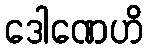
ဒေါဏေဟိ